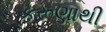
કરૂણાથી